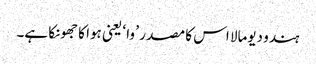
ہندو دیومالا اس کا مصدر ’ وا ‘ یعنی ہوا کا جھونکا ہے۔